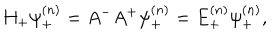
H _ { + } \psi _ { + } ^ { ( n ) } = A ^ { - } A ^ { + } \psi _ { + } ^ { ( n ) } = E _ { + } ^ { ( n ) } \psi _ { + } ^ { ( n ) } ,